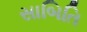
સાબિતિ